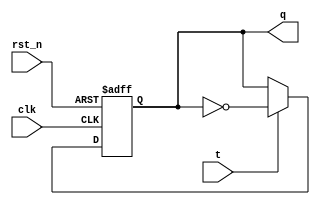
module t_ff(t,q,clk,rst_n);
input t;
input clk;
input rst_n;
output reg q;

always @ (posedge clk or negedge rst_n)
    if (!rst_n)
        q <= 1'b0;
    else if (t == 1'b0)
        q <= q;
    else if (t == 1'b1)
        q <= ~q;
    else
        q <= q;
endmodule